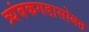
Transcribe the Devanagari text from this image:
त्र्यंबकगडासोबत